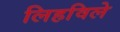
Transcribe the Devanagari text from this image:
लिहविले